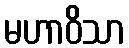
မဟာဝိသာ